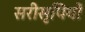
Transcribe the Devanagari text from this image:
सरीसृपियों